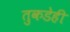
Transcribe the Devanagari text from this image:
तुकडेही